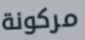
مركونة